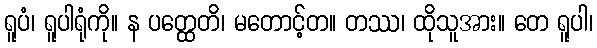
ရူပံ၊ ရူပါရုံကို။ န ပတ္ထေတိ၊ မတောင့်တ။ တဿ၊ ထိုသူအား။ တေ ရူပါ၊